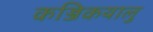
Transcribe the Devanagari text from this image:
कज्जिकयालु